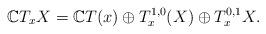
LaTeX: \begin{align*}\mathbb CT_xX=\mathbb CT(x)\oplus T_x^{1,0}(X)\oplus T_x^{0,1}X.\end{align*}